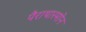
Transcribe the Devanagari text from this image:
पैराथारमोन